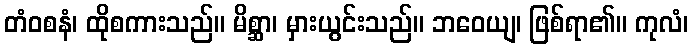
တံဝစနံ၊ ထိုစကားသည်။ မိစ္ဆာ၊ မှားယွင်းသည်။ ဘဝေယျ၊ ဖြစ်ရာ၏။ ကုလံ၊